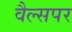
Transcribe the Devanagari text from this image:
वैल्सपर